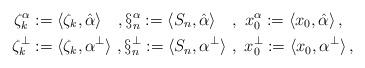
LaTeX: \begin{align*}\zeta^\alpha_k & := \langle \zeta_k, {\hat{\alpha}}\rangle \ \ \ , \S^\alpha_n := \langle S_n, {\hat{\alpha}}\rangle \ \ \ , \ x^\alpha_0 := \langle x_0, \hat{\alpha} \rangle \,, \\\zeta^\perp_k & := \langle \zeta_k, {\alpha}^\perp \rangle \ , \S_n^\perp := \langle S_n, {\alpha}^\perp \rangle \ ,\ x^\perp_0 := \langle x_0, \alpha^\perp \rangle \,, \\\end{align*}